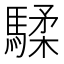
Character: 騥